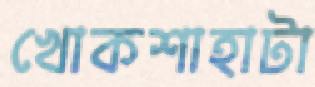
খোকশাহাটা